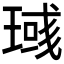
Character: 𱯎